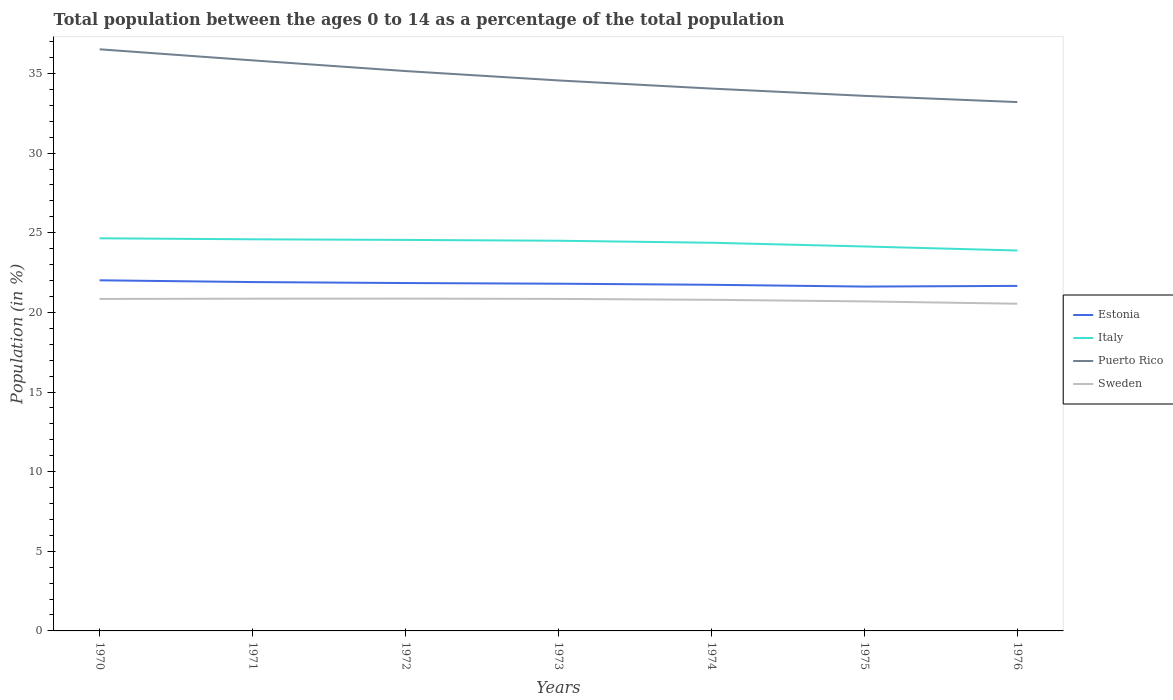
| Years | Estonia | Italy | Puerto Rico | Sweden |
 | --- | --- | --- | --- | --- |
 | 1970 | 22 | 24.7 | 36.5 | 20.8 |
 | 1971 | 21.9 | 24.6 | 35.8 | 20.9 |
 | 1972 | 21.8 | 24.6 | 35.2 | 20.9 |
 | 1973 | 21.8 | 24.5 | 34.6 | 20.8 |
 | 1974 | 21.7 | 24.4 | 34.1 | 20.8 |
 | 1975 | 21.6 | 24.1 | 33.6 | 20.7 |
 | 1976 | 21.7 | 23.9 | 33.2 | 20.5 |